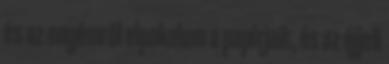
és az enyémről elpakolom a papírjait, és az éjjeli